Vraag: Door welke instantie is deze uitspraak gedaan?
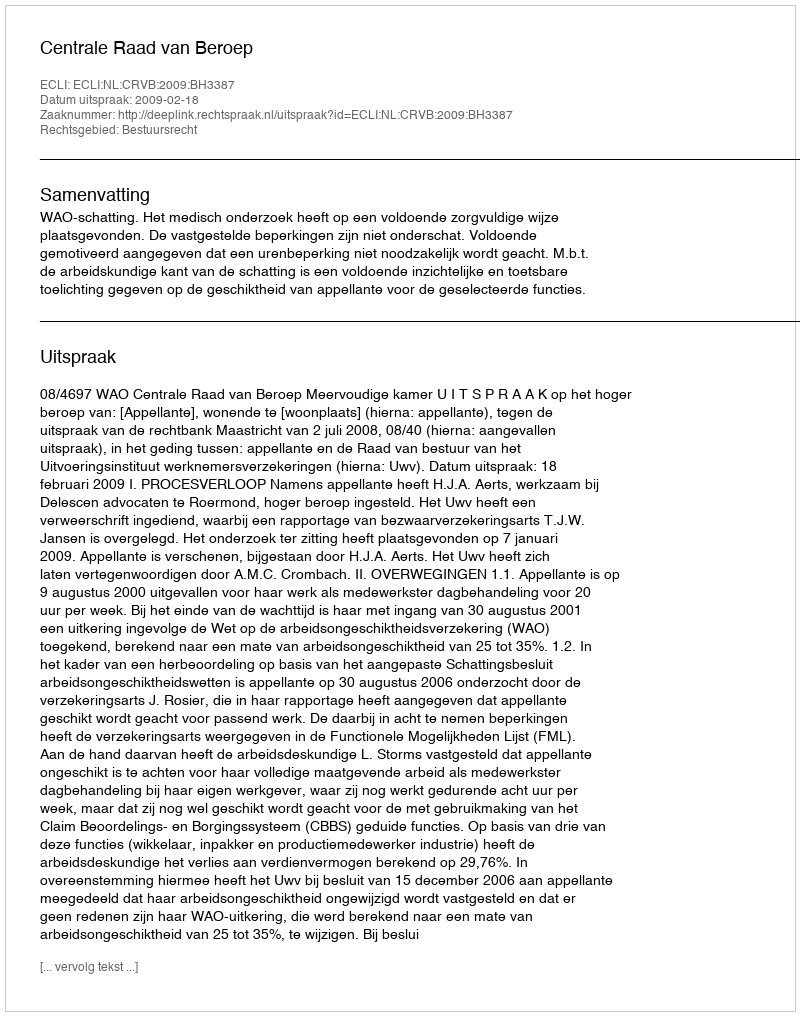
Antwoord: Centrale Raad van Beroep